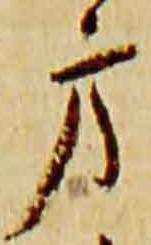
方